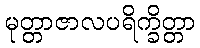
မုတ္တာဇာလပရိက္ခိတ္တာ